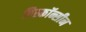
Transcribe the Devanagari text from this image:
विस्कॉन्सीन